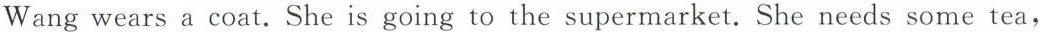
Wang wears a coat. She is going to the supermarket. She needs some tea，